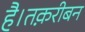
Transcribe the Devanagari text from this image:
है।तक़रीबन